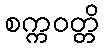
စက္ကဝတ္တိ